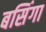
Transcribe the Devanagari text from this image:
बसिंगा